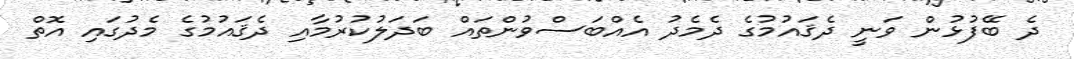
ދެ ބޭފުޅުން ވަނީ ދެޤައުމުގެ ދެމެދު އެއްބަސްވުންތައް ބަދަލުކުރުމާއި ދެޤައުމުގެ މެދުގައި އޮތް